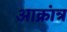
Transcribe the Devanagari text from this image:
आक्रांत्र